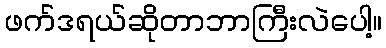
ဖက်ဒရယ်ဆိုတာဘာကြီးလဲပေါ့။